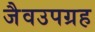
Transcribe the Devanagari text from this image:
जैवउपग्रह